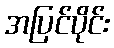
အပြင်ပိုင်း